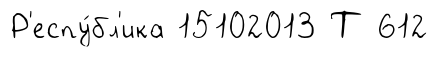
Р'еспу́бл'ика 15102013 Т 612